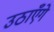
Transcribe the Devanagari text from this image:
उठाएँगे